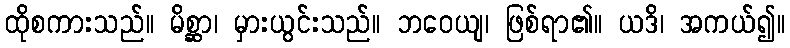
ထိုစကားသည်။ မိစ္ဆာ၊ မှားယွင်းသည်။ ဘဝေယျ၊ ဖြစ်ရာ၏။ ယဒိ၊ အကယ်၍။